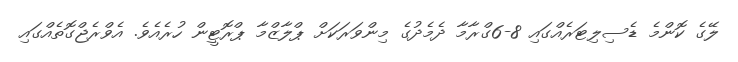
ލޭގެ ކޮންމެ ޑެސިލިޓަރެއްގައި 8-6ގްރާމާ ދެމެދުގެ މިންވަރަކަށް ޕްލާޒްމާ ޕްރޮޓީން ހުރެއެވެ. އެވްރެޖްގޮތެއްގައި